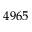
4 9 6 5